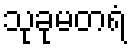
သုခုမတရံ